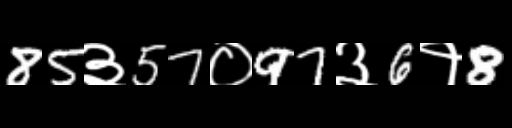
Text: 85३57०97३6१8